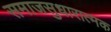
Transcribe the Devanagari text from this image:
समाजसुधारात्मक